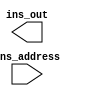
module INSTRUCTION_MEMORY(
  ins_out,
  ins_address
  );
  
  input [31:0] ins_address;
  output reg [31:0] ins_out;
  
  reg [31:0] ins_memory_bank [0:63];
  
  initial
    begin
      ins_memory_bank[0]  = 32'b001101_00100_00010_00001_00000_000001; // ORI   R1 <- R2 + 4;
      ins_memory_bank[4]  = 32'b000000_00011_00011_00010_00000_000010; // SLL   R2 <- R3 << 3;
      ins_memory_bank[8]  = 32'b000000_00101_00110_00100_00000_000100; // XNOR  R4 <- ~(R5 ^ R6);
      ins_memory_bank[12] = 32'b000000_01001_01000_00111_00000_000101; // NAND  R7 <- ~ (R8 & R9);
      ins_memory_bank[14] = 32'b100010_00100_01011_01010_00000_000110; // SUBI  R10 <- R11 - 4;
      ins_memory_bank[18] = 32'b001001_00111_01101_01100_00000_000111; // ADDUI R12 <- R13 +7;
      ins_memory_bank[22] = 32'b000101_00101_01111_01110_00000_001000; // BNE (R14!=R15) ADDR = PC+4+5; R14 R15 5
      ins_memory_bank[24] = 32'b100001_00001_10001_10000_00000_001010; // LH R16. R17(2);
      ins_memory_bank[28] = 32'b101000_00001_10011_10010_00000_001001; // SB R18, R19(2);
      ins_memory_bank[32] = 32'b001000_00000_00000_00000_00000_001010; // JR 10
      ins_memory_bank[36] = 32'b000010_00000_00000_00000_00000_000010; // J 2
    end
endmodule